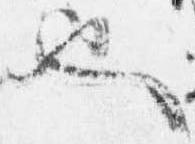
也